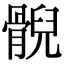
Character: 𩩢